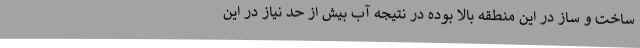
ساخت و ساز در این منطقه بالا بوده در نتیجه آب بیش از حد نیاز در این